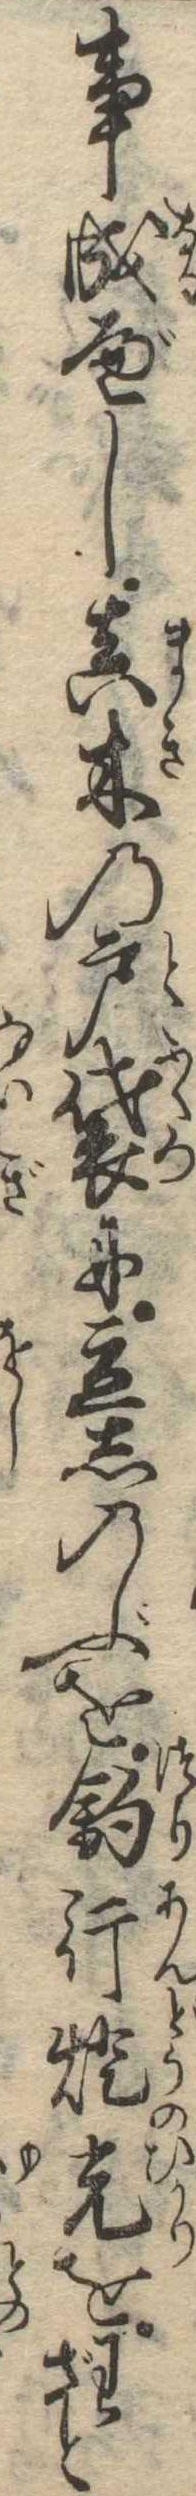
事成べし真木の戸袋に立しのぶを釣行灯光をわざと